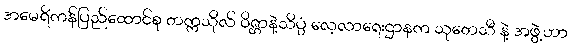
အမေရိကန်ပြည်ထောင်စု တက္ကသိုလ် ဝိဇ္ဌာနဲ့သိပ္ပံ လေ့လာရေးဌာနက သုတေသီ နဲ့ အဖွဲ့ဟာ